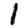
Digit: 1